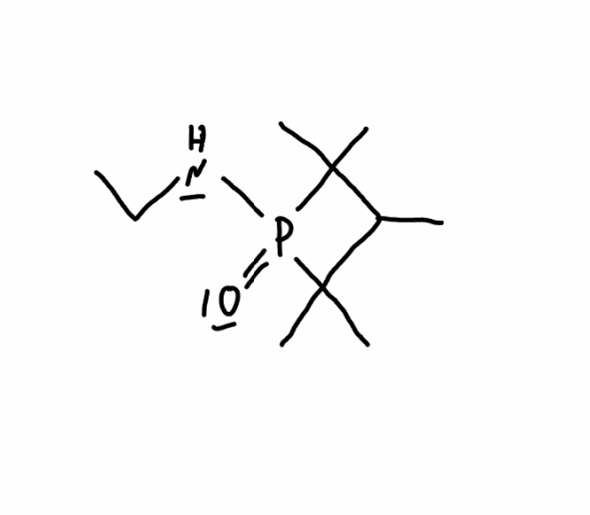
Simplified molecular-input line-entry system (SMILES) notation of the given molecule:
CCNP1(=O)C(C(C1(C)C)C)(C)C